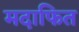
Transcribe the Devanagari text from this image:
मदाफित